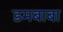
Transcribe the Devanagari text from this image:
डमबाबा